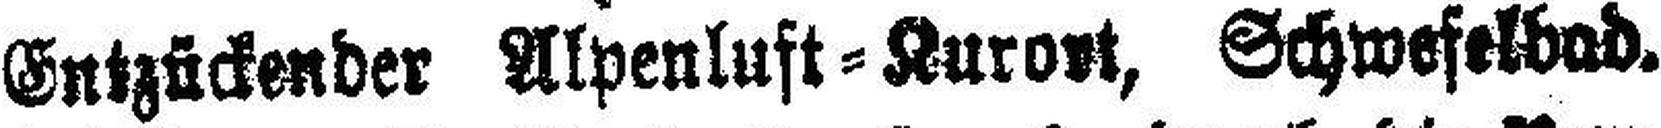
Entzückender Alpenluft=Kurort, Schwefelbad.